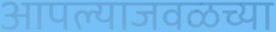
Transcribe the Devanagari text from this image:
आपल्याजवळच्या